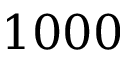
1 0 0 0